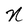
Character: N